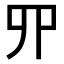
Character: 𠃢